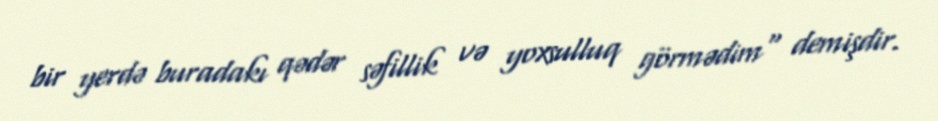
bir yerdə buradakı qədər səfillik və yoxsulluq görmədim" demişdir.